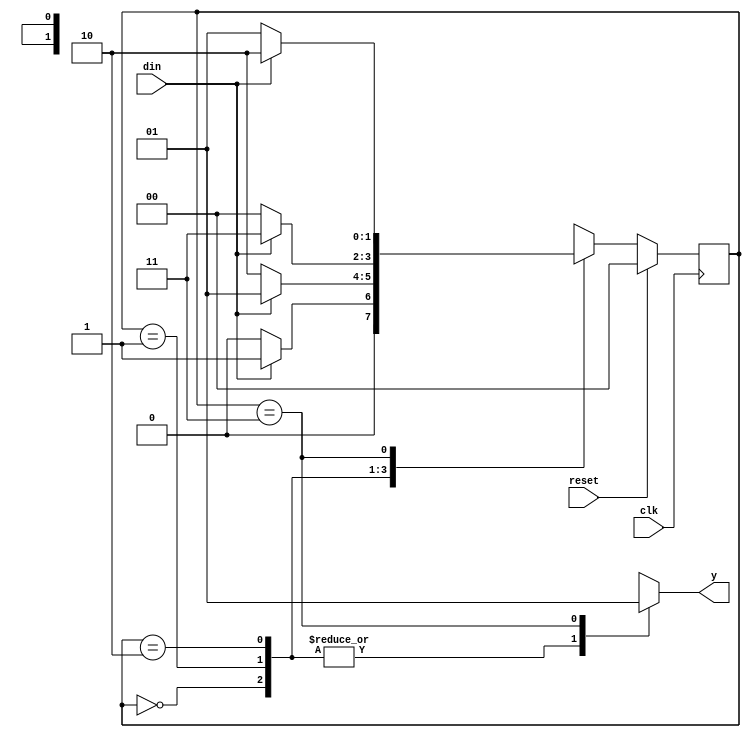
`timescale 1ns / 1ps

module moore_seqnd(
    input clk,din,reset,
    output reg y
    );
reg [1:0]cur_state=0;
reg [1:0]nxt_state=0;
parameter[1:0]INIT=0,s1=1,s2=2,s3=3;    
//update state register
always@(posedge clk)
begin
 if(!reset)
 cur_state <= nxt_state;
 else
 cur_state <= INIT;
end

//nextstate decoder
always@(cur_state,din)
begin
case(cur_state)
INIT:begin
  if(din==1'b0) nxt_state=INIT; 
  else nxt_state=s1;
  end
s1:begin
   if(din==1'b0) nxt_state=s2;
   else nxt_state=s1;
end
s2:begin
   if(din==1'b0) nxt_state=INIT; 
   else nxt_state=s3;
end
s3:begin
   if(din==1'b1) nxt_state=s2;
   else nxt_state=s1;
end
default: nxt_state=INIT;
endcase
end    
    
//output decoder
always@(cur_state)begin
case(cur_state)
INIT: y = 1'b0;
s1: y = 1'b0;
s2: y = 1'b0;
s3: y = 1'b1;
default: y=1'b0;
endcase
end       
endmodule